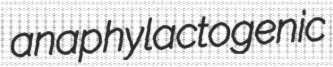
anaphylactogenic